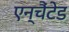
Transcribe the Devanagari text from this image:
एन्चैंटेड